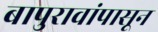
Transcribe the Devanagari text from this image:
बापुरावांपासून